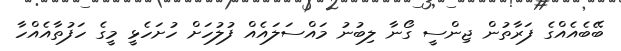
ބޭބެއެއްގެ ފަރާތުން ޖިންސީ ގޯނާ ލިބުނު މައްސަލައެއް ފުލުހަށް ހުށަހެޅީ މީގެ ހަފުތާއެއްހާ